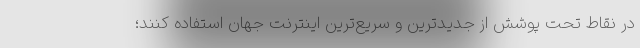
در نقاط تحت پوشش از جدیدترین و سریع‌ترین اینترنت جهان استفاده کنند؛